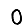
Digit: 0